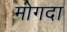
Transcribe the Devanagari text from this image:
मोगदा